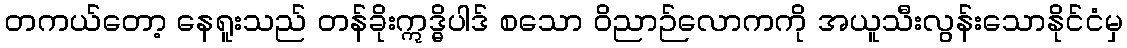
တကယ်တော့ နေရူးသည် တန်ခိုးဣဒ္ဓိပါဒ် စသော ဝိညာဉ်လောကကို အယူသီးလွန်းသောနိုင်ငံမှ